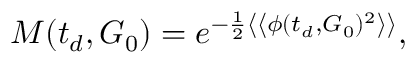
M ( t _ { d } , G _ { 0 } ) = e ^ { - \frac { 1 } { 2 } \left\langle \left\langle \phi ( t _ { d } , G _ { 0 } ) ^ { 2 } \right\rangle \right\rangle } ,